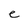
Character: e